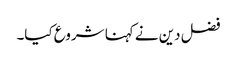
فضل دین نے کہنا شروع کیا۔